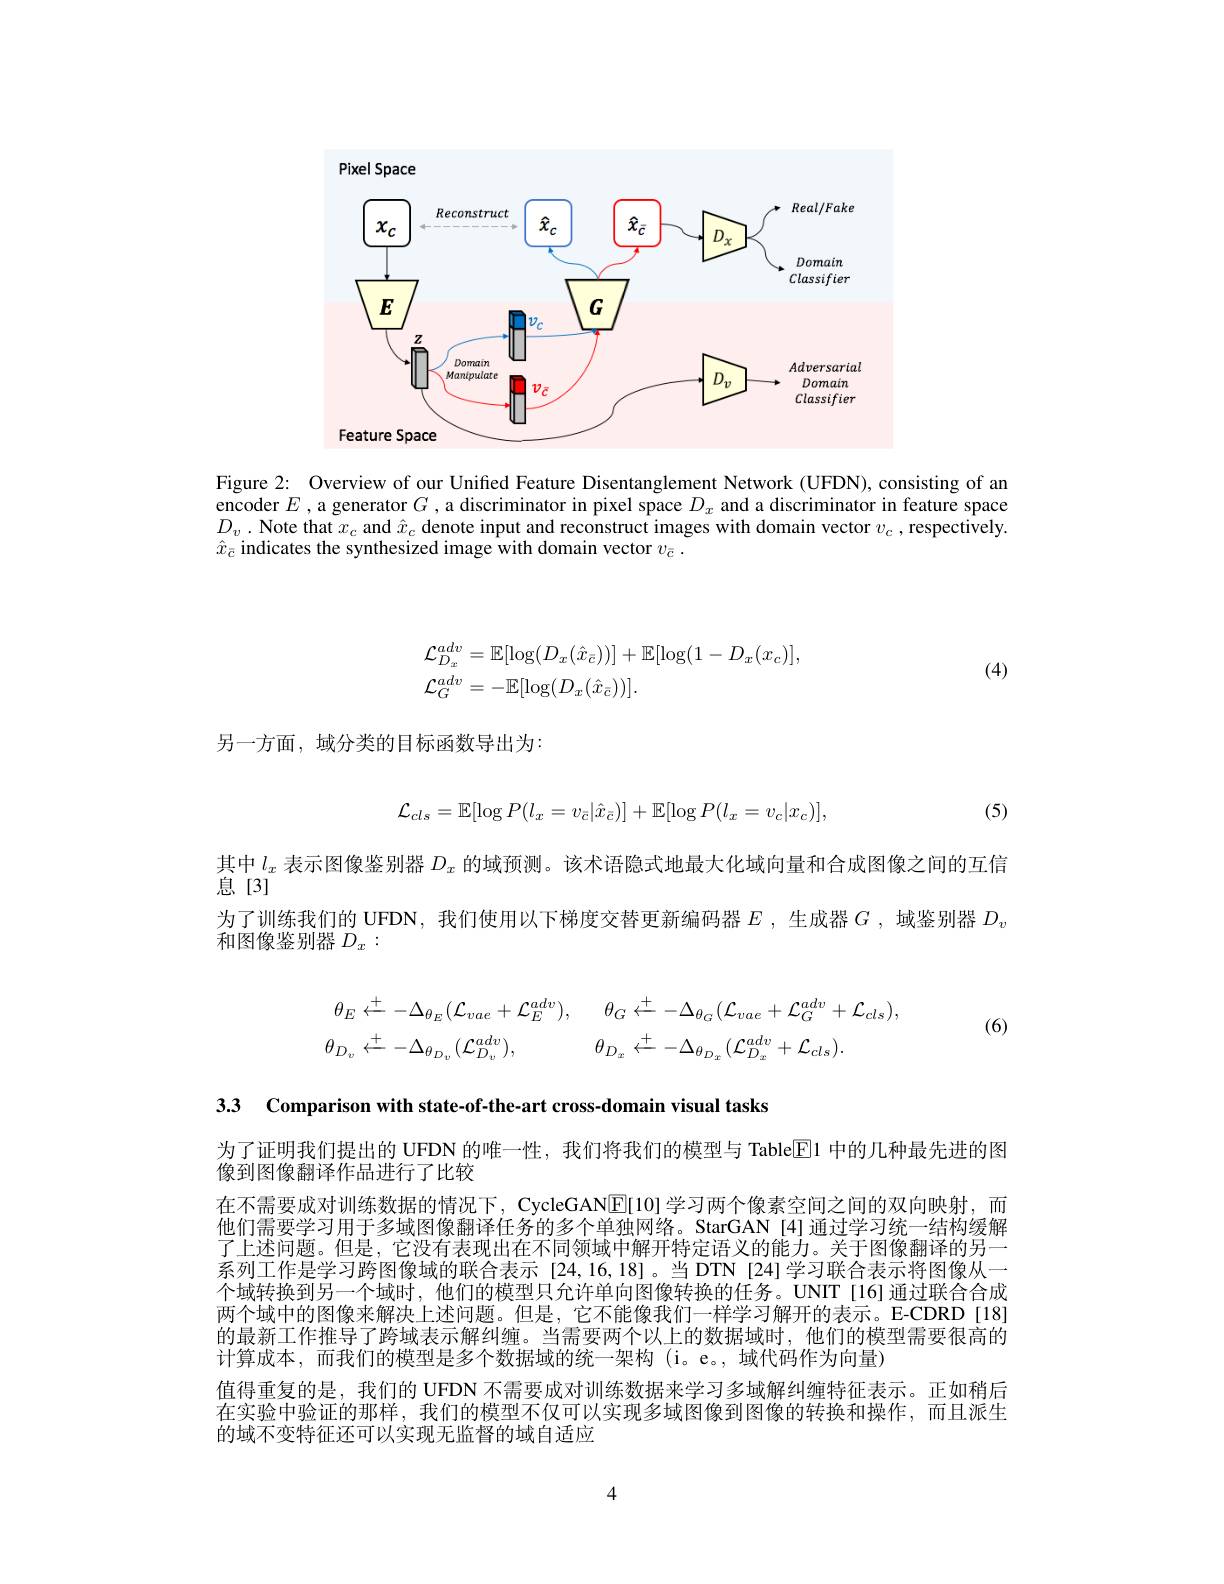
<FigureHere>

Figure 2: Overview of our Unified Feature Disentanglement Network (UFDN), consisting of an encoder $E$ ,a generator $G$ ,a discriminator in pixel space $D_x$ and a discriminator in feature space $D_{v}$ . Note that $x_c$ and $\hat{x}_c$ denote input and reconstruct images with domain vector $v_c$ ,respectively. $\hat{x}_{\bar{c}}$ indicates the synthesized image with domain vector $v_{\bar{c}}.$
$$\begin{aligned}&\mathcal{L}_{D_{x}}^{adv}=\mathbb{E}[\log(D_{x}(\hat{x}_{\bar{c}}))]+\mathbb{E}[\log(1-D_{x}(x_{c})],\\&\mathcal{L}_{G}^{adv}=-\mathbb{E}[\log(D_{x}(\hat{x}_{\bar{c}}))].\end{aligned}$$
(4)

另一方面，域分类的目标函数导出为：
$$\mathcal{L}_{cls}=\mathbb{E}[\log P(l_{x}=v_{\bar{c}}|\hat{x}_{\bar{c}})]+\mathbb{E}[\log P(l_{x}=v_{c}|x_{c})],$$
(5)

其中$l_x$表示图像鉴别器$D_x$的域预测。该术语隐式地最大化域向量和合成图像之间的互信
息[3]
为了训练我们的 UFDN, 我们使用以下梯度交替更新编码器$E$ ,生成器$G$ ,域鉴别器$D_v$
和图像鉴别器$D_x:$

(6)
$$\theta_{E}\xleftarrow{+}-\Delta_{\theta_{E}}(\mathcal{L}_{vae}+\mathcal{L}_{E}^{adv}),\quad\theta_{G}\xleftarrow{+}-\Delta_{\theta_{G}}(\mathcal{L}_{vae}+\mathcal{L}_{G}^{adv}+\mathcal{L}_{cls}),\\\theta_{D_{v}}\xleftarrow{+}-\Delta_{\theta_{D_{v}}}(\mathcal{L}_{D_{v}}^{adv}),\quad\theta_{D_{x}}\xleftarrow{+}-\Delta_{\theta_{D_{x}}}(\mathcal{L}_{D_{x}}^{adv}+\mathcal{L}_{cls}).$$
3.3 Comparison with state-of-the-art cross-domain visual tasks

为了证明我们提出的 UFDN 的唯一性，我们将我们的模型与 Table$\boxed{\mathrm{E}}$1 中的几种最先进的图
像到图像翻译作品进行了比较
在不需要成对训练数据的情况下，CycleGAN$\mathbb{E}[10]$学习两个像素空间之间的双向映射，而他们需要学习用于多域图像翻译任务的多个单独网络。StarGAN [4]通过学习统一结构缓解了上述问题。但是，它没有表现出在不同领域中解开特定语义的能力。关于图像翻译的另一系列工作是学习跨图像域的联合表示[24,16,18]。当DTN[24]学习联合表示将图像从一个域转换到另一个域时，他们的模型只允许单向图像转换的任务。UNIT[16]通过联合合成两个域中的图像来解决上述问题。但是，它不能像我们一样学习解开的表示。E-CDRD[18] 的最新工作推导了跨域表示解纠缠。当需要两个以上的数据域时，他们的模型需要很高的计算成本，而我们的模型是多个数据域的统一架构 (i。e。,域代码作为向量)
值得重复的是，我们的 UFDN 不需要成对训练数据来学习多域解纠缠特征表示。正如稍后在实验中验证的那样，我们的模型不仅可以实现多域图像到图像的转换和操作，而且派生的域不变特征还可以实现无监督的域自适应

4